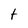
Character: t